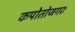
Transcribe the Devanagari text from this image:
कपोतोजगरः